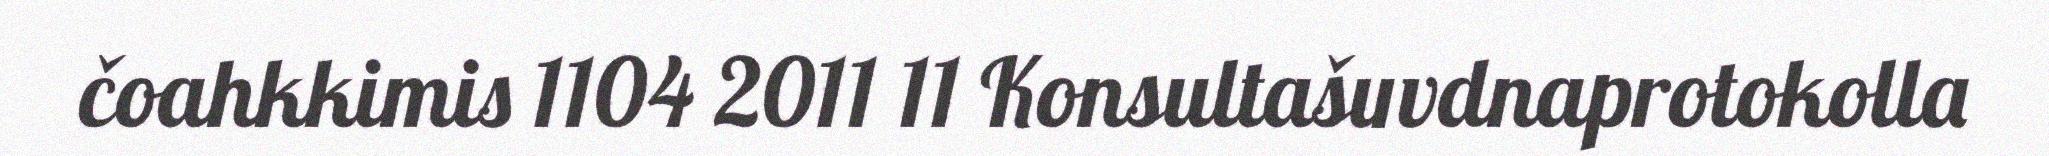
čoahkkimis 1104 2011 11 Konsultašuvdnaprotokolla